Papers set at the Examination for Leaving Certificates, 1889
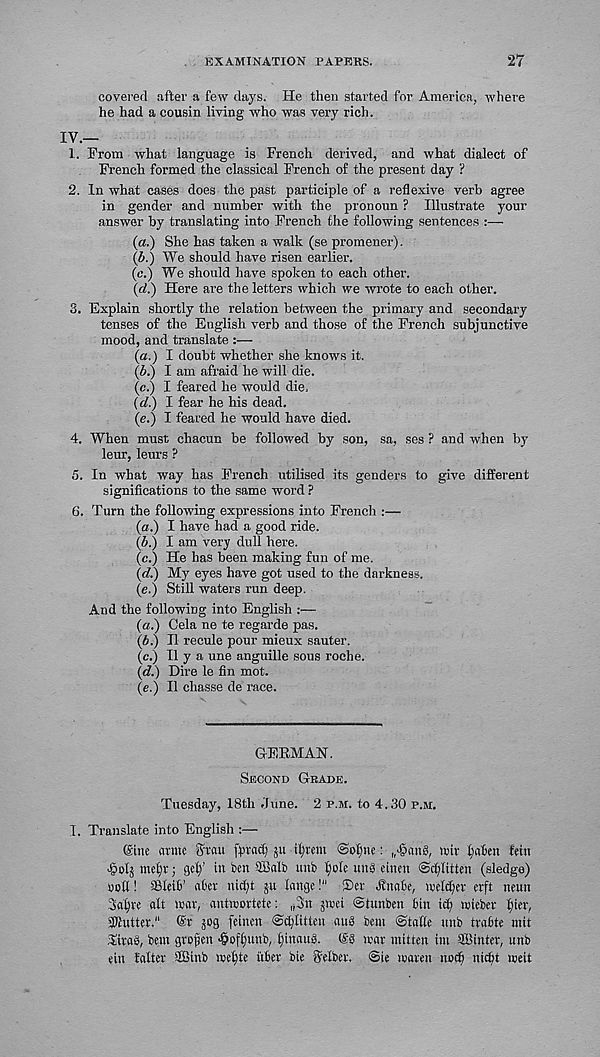
EXAMINATION PAPERS.
27
covered after a few days. He then started for America, where
he had a cousin living who was very rich.
IV.—
1. Prom what language is French derived, and what dialect of
French formed the classical French of the present day ?
2. In what cases does the past participle of a reflexive verb agree
in gender and number with the pronoun ? Illustrate your
answer by translating into French the following sentences :—
(a.) She has taken a walk (se promener).
(b.) We should have risen earlier.
(c.) We should have spoken to each other.
(d.) Here are the letters which we wrote to each other.
3. Explain shortly the relation between the primary and secondary
tenses of the English verb and those of the French subjunctive
mood, and translate :—
(a.) I doubt whether she knows it.
(b.) I am afraid he will die.
(c.) I feared he would die,
(d.) I fear he his dead.
(e.) I feared he would have died.
4. When must chacun be followed by son, sa, ses ? and when by
leur, leurs ?
5. In what way has French utilised its genders to give different
significations to the same word ?
6. Turn the following expressions into French :—
(a.) I have had a good ride.
(b.) I am very dull here.
(c.) He has been making fun of me.
(d.) My eyes have got used to the darkness.
(e.) Still waters run deep.
And the following into English :—
(a.) Cela ne te regarde pas.
(A.) II recule pour mieux sauter.
(c.) II y a une anguille sous roche.
(d.) Dire le fin mot.
(e.) II chasse de race.
GEBMAN.
SECOND GRADE.
Tuesday, I8th June. 2 P.M. to 4.30 p.ai.
I. Translate into English :—
Sine nvmc Srau fpradj 511 intern Sofjne: f,>§ang, nnv fallen fein
tne£)t; gel)’ in ben SBalb unb l)ole ting einen ©cfflitten (sledge)
noil!
SBleiF abet nid)t jn Imtge!"
£>er
Jlnnlie,
welder erft
neun
Sa^re alt war, antwortete:
„3n jwei ©tnnben bin i^ wieber l)ier,
STOntter."
©r jog (einen @cl)litten auS bent ©talle unb trabte mit
JiraS, bent grojjen -^of^unb, {)inau6.
@8 war mitten hit ©inter, unb
eitt falter SKSinb wel)te i’tber bte Selber.
@ie waren noc^ nicbt weit